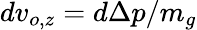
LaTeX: dv_{o,z}=d\Delta p/m_{g}